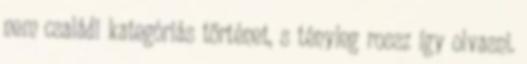
nem családi kategóriás történet, s tényleg rossz így olvasni.